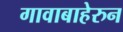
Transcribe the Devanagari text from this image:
गावाबाहेरुन